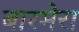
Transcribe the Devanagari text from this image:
बारमेरा